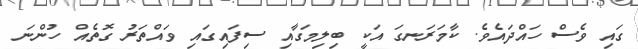
ގައި ވެސް ހައްދައެވެ. ކާމަރަނގަ އަކީ ބިލިމަގާއި ސިފައިގައި ވައްތަރު ގޮތެއް ހުންނަ